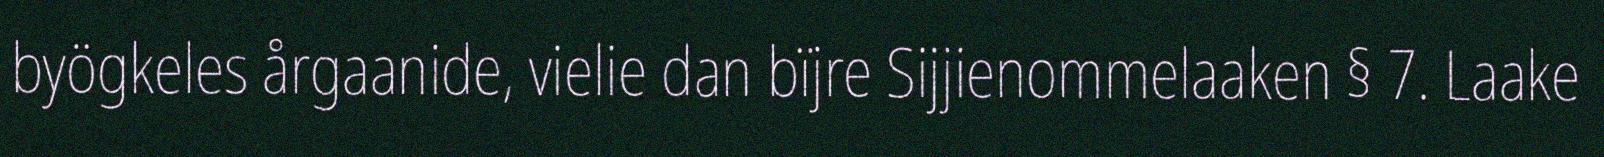
byögkeles årgaanide, vielie dan bïjre Sijjienommelaaken § 7. Laake